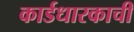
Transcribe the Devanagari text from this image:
कार्डधारकाची